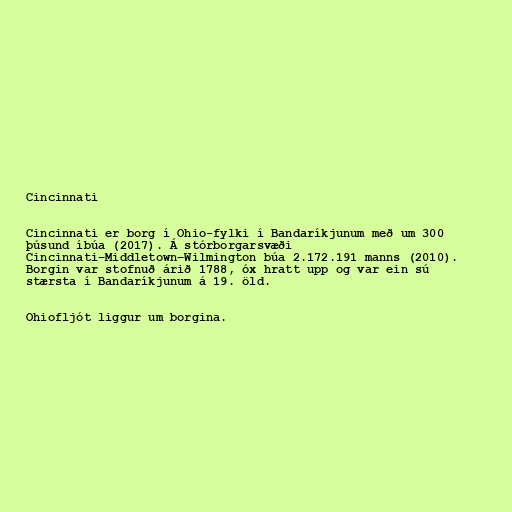
Cincinnati

Cincinnati er borg í Ohio-fylki í Bandaríkjunum með um 300
þúsund íbúa (2017). Á stórborgarsvæði
Cincinnati–Middletown–Wilmington búa 2.172.191 manns (2010).
Borgin var stofnuð árið 1788, óx hratt upp og var ein sú
stærsta í Bandaríkjunum á 19. öld.

Ohiofljót liggur um borgina.